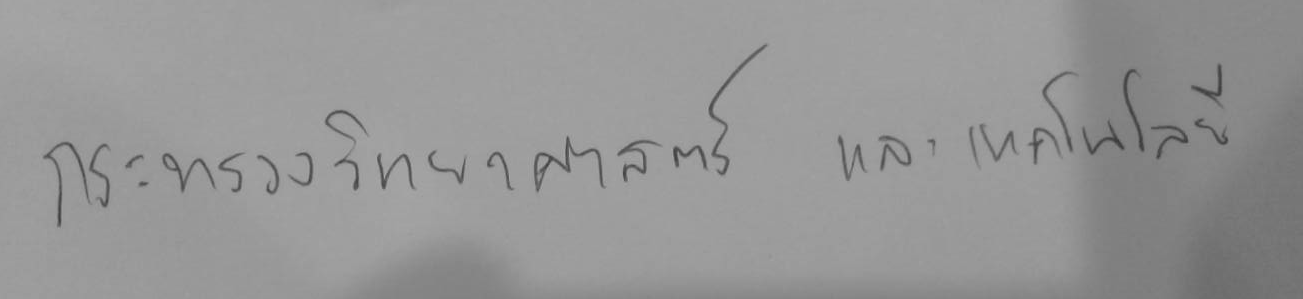
กระทรวงวิทยาศาสตร์ และเทคโนโลยี